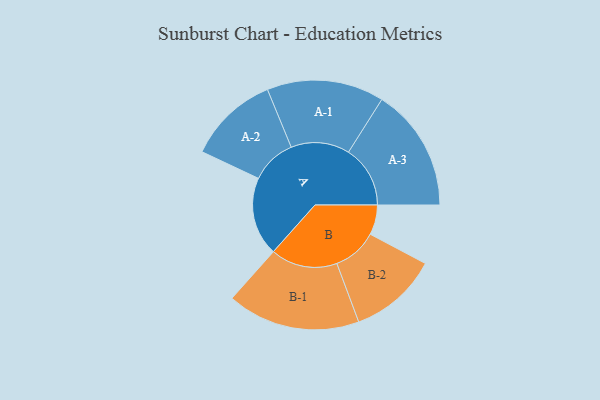
{"axis": {"x": "Segment", "y": "Value"}, "legend": ["", "A", "B"], "data": [{"x": "A", "y": 274, "type": ""}, {"x": "B", "y": 104, "type": ""}, {"x": "A-1", "y": 204, "type": "A"}, {"x": "A-2", "y": 158, "type": "A"}, {"x": "A-3", "y": 215, "type": "A"}, {"x": "B-1", "y": 232, "type": "B"}, {"x": "B-2", "y": 155, "type": "B"}]}